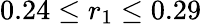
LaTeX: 0.24\leq r_{1}\leq 0.29